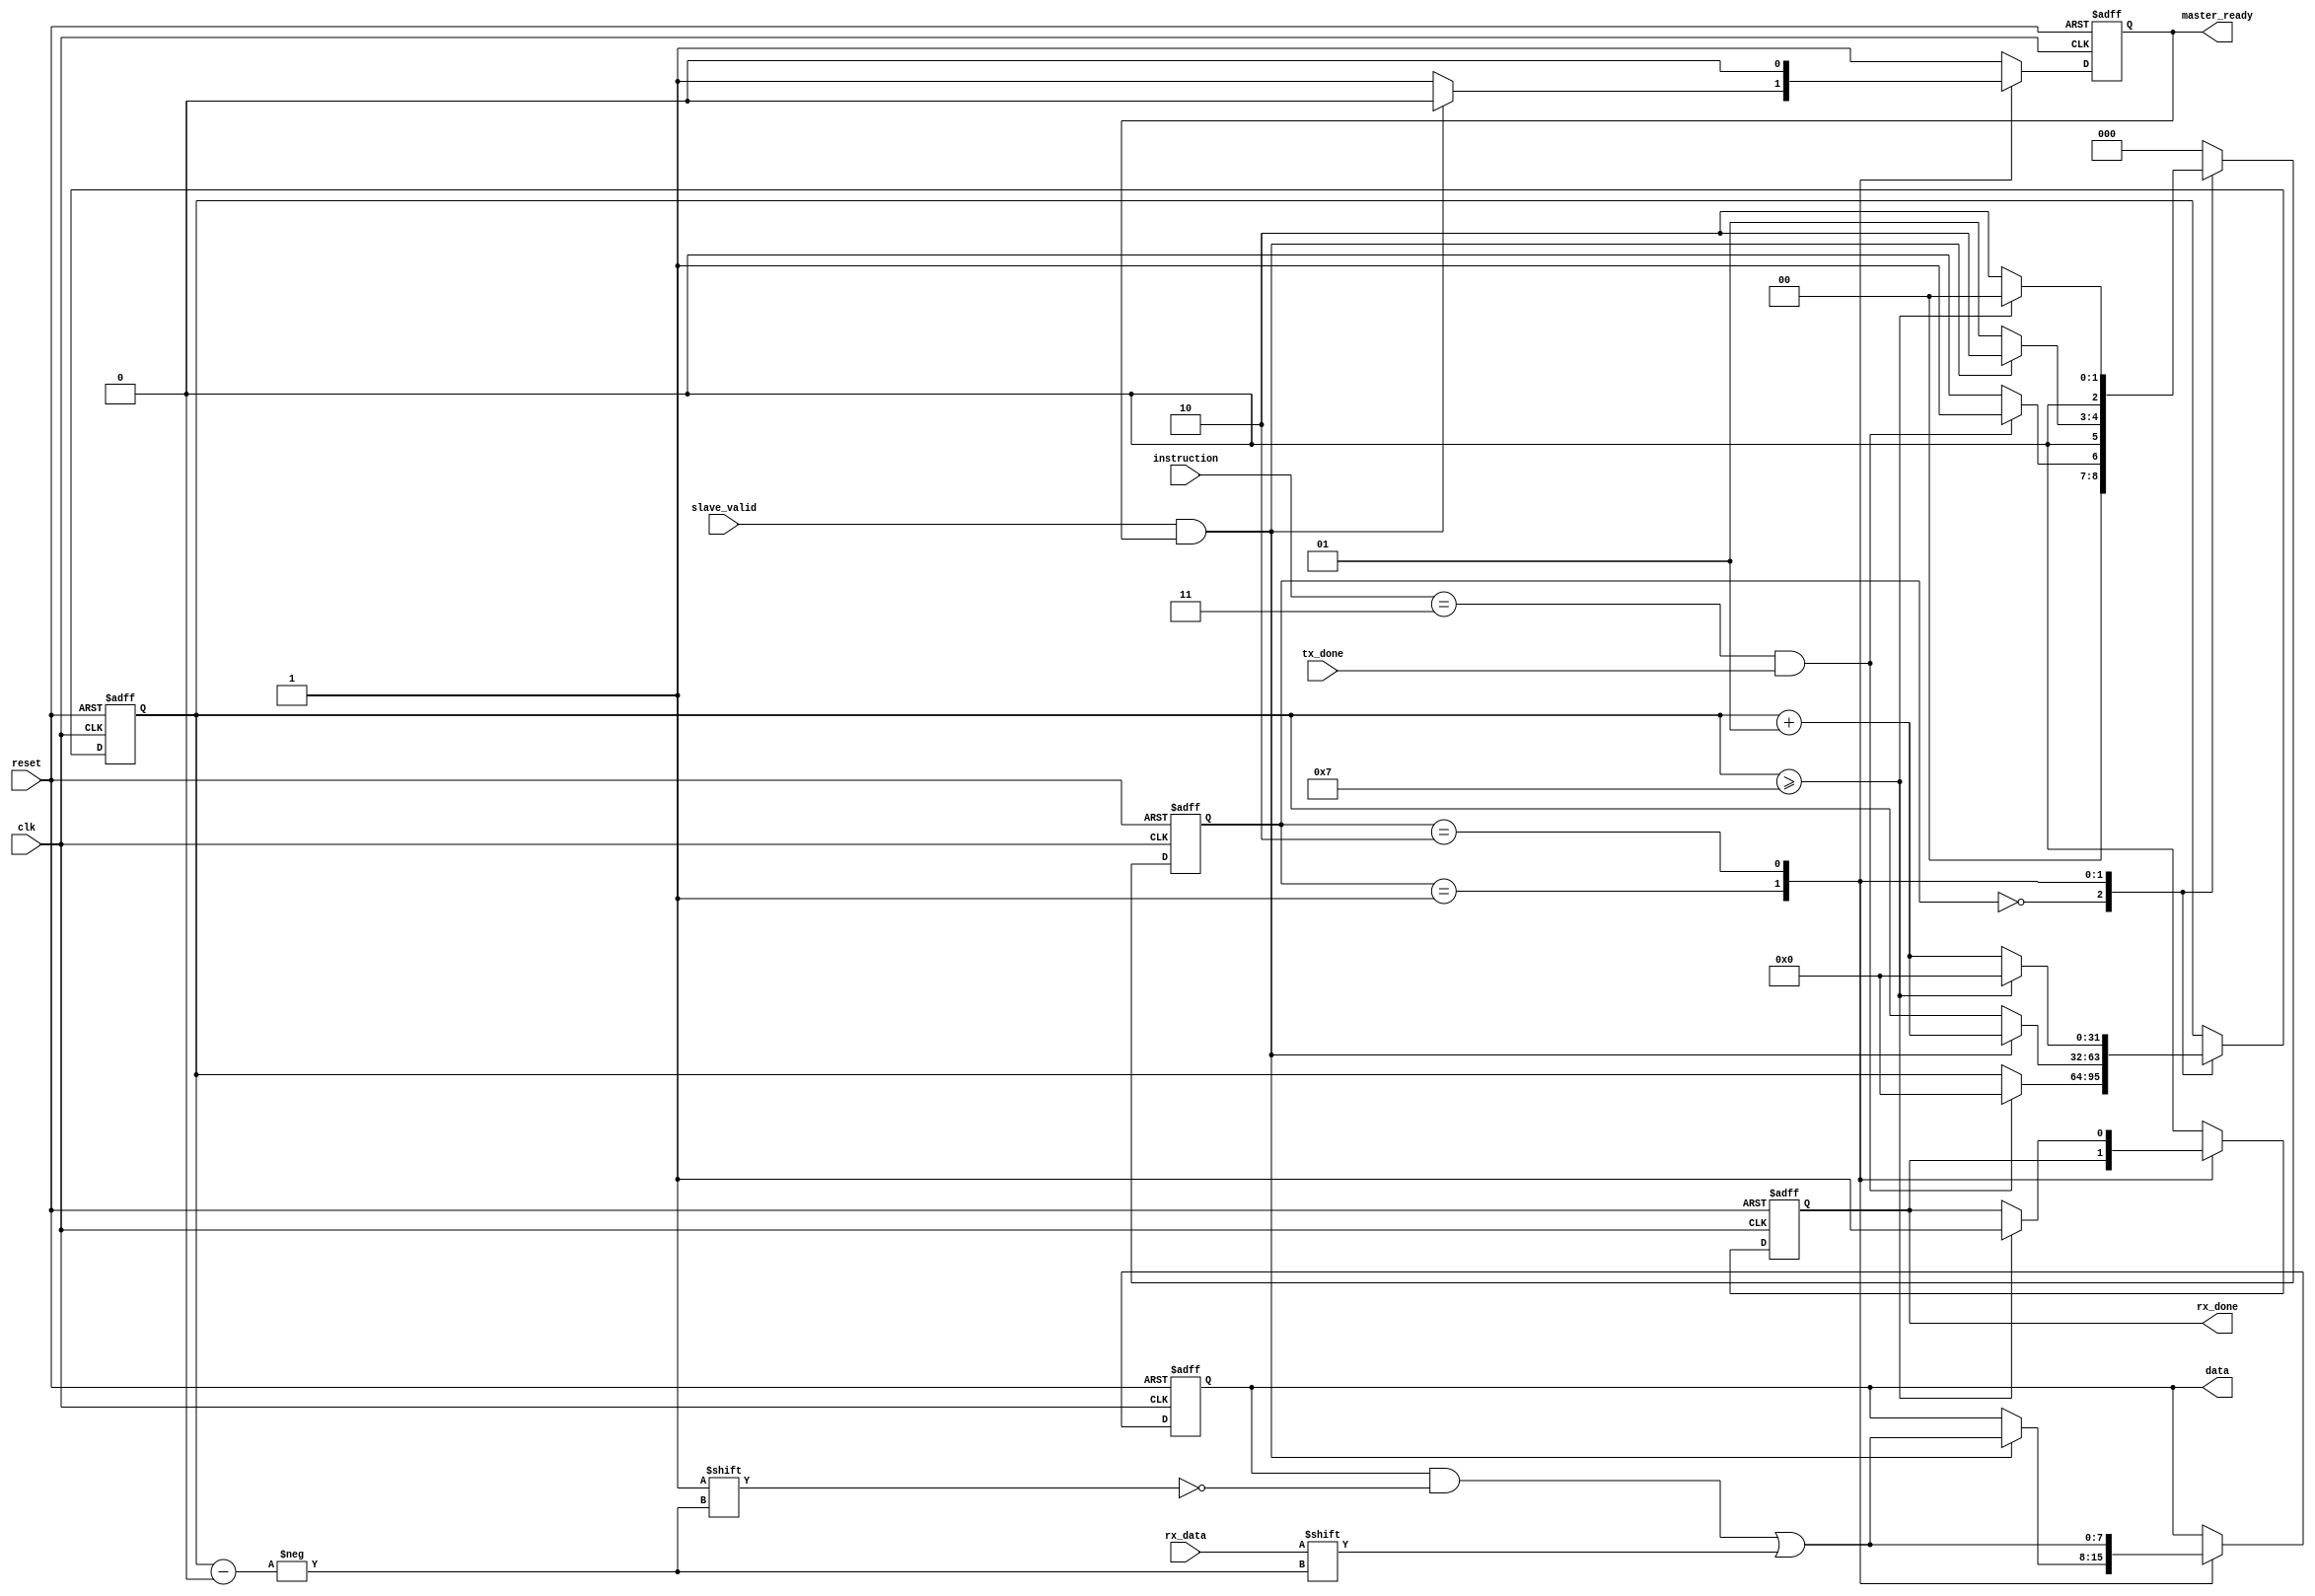
module master_in_port #(parameter DATA_LEN=8)(
	input clk, 
	input reset,
	
	input tx_done,
	input [1:0]instruction,
	output reg[DATA_LEN-1:0]data,
	output reg rx_done,
	
	input rx_data,
	input slave_valid,
	output reg master_ready);
	//output reg read_en);
	
reg [2:0]state = 0;
parameter IDLE=0, WAIT_HANDSHAKE=1, RECEIVE_DATA=2;


integer count = 0;

always @ (posedge clk or posedge reset) 
begin
	if (reset)
	begin
		count <= 0;
		state <= IDLE;
		data	<= 0;
		rx_done <= 0;
		master_ready <= 1;
		//read_en <= 0;
	end	
	
	else
		case (state)
		
		IDLE:
		begin
			if (instruction == 2'b11 && tx_done == 1)
			begin
				count <= 0;
				state <= WAIT_HANDSHAKE;
				data	<= data;
				rx_done <= 0;
				master_ready <= 1;
				//read_en <= 0;
			end
			
			else
			begin
				count <= count;
				state <= IDLE;
				data	<= data;
				rx_done <= 0;
				master_ready <= 1;
				//read_en <= 0;
			end
		end
		
		WAIT_HANDSHAKE:
		begin
			if (slave_valid == 1 && master_ready == 1)
			begin
				count <= count + 1;
				state <= RECEIVE_DATA;
				data[count] <= rx_data;
				//data[DATA_LEN-1:count+1] <= data[DATA_LEN-1:count+1];
				rx_done <= rx_done;
				master_ready <= 0;
				//read_en <= read_en;
			end
			
			else
			begin
				count <= count;
				state <= WAIT_HANDSHAKE;
				data	<= data;
				rx_done <= rx_done;
				master_ready <= 1;
				//read_en <= read_en;
			end
		end
		
		RECEIVE_DATA:
		begin
			if (count >= DATA_LEN-1)
			begin
				count <= 0;
				state <= IDLE;
				//data[count-1:0] <= data[count-1:0];
				data[count] <= rx_data;
				rx_done <= 1;
				master_ready <= 0;
				//read_en <= read_en;
			end
			
			else
			begin
				count <= count + 1;
				state <= RECEIVE_DATA;
				//data[count-1:0] <= data[count-1:0];
				data[count] <= rx_data;
				//data[DATA_LEN-1:count+1] <= data[DATA_LEN-1:count+1];
				rx_done <= rx_done;
				master_ready <= 0;
				//read_en <= read_en;
			end
		end
		
		default:
		begin 
			count <= count;
			state <= IDLE;
			data	<= data;
			rx_done <= 0;
			master_ready <= 1;
			//read_en <= 0;
		end
		
		endcase
end

endmodule